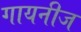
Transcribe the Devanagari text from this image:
गायनीज